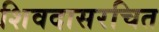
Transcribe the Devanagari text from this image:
शिवदासरचित